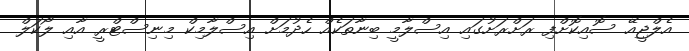
އެލްޖީއޭ ސޮއިކޮށްފި ރަށްރަށުގައި އިސްލާމީ ބިނާތަކެއް ހެދުމަށް އިސްލާމިކް މިނިސްޓްރީ އާއި ލޯކަލް